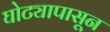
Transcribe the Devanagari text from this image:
घोट्यापासून